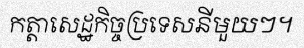
កត្តាសេដ្ឋកិច្ចប្រទេសនីមួយៗ។